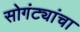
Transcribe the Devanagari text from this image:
सोगंट्यांचा